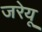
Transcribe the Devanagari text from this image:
जरेयू